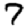
Digit: 7